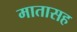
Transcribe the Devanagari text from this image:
मातासह